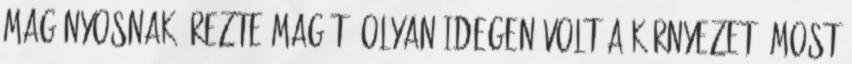
magányosnak érezte magát. Olyan idegen volt a környezet- most